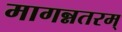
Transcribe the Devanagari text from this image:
मागन्नतरम्